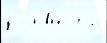
у  основны́х э́того